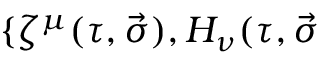
\{ \zeta ^ { \mu } ( \tau , \vec { \sigma } ) , { \cal H } _ { \nu } ( \tau , \vec { \sigma }